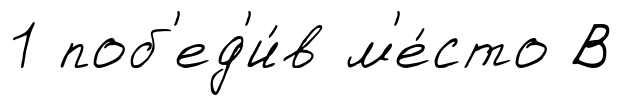
1 поб'ед'и́в м'е́сто В